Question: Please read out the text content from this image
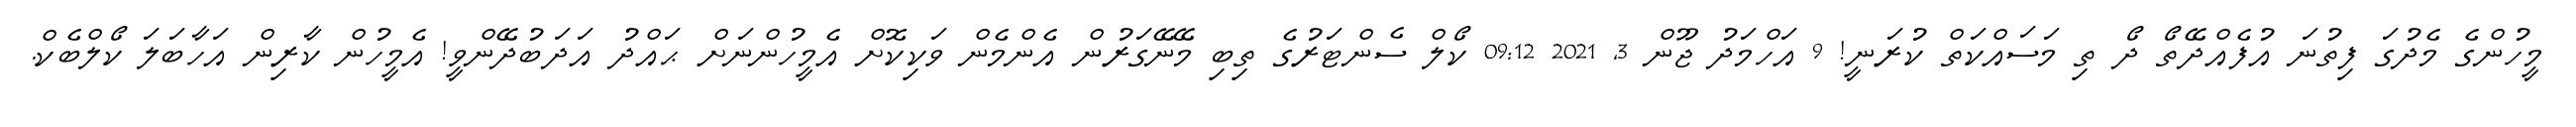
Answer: މީހުންގެ މެދުގަ ފިތުނަ އުފެއްދޭތޯ ދޯ ތި މަސައްކަތް ކުރަނީ! 9 އަހްމަދު ޖޫން 3, 2021 09:12 ކޯލް ސެންޓަރުގެ ތިބި މޭނޭގަރުން އެންމެން ވަކިކޮށް އެމީހުންނަށް ޙައްދު އަދަބުދޭންވީ! އެމީހުން ކާރިން އަހާބަލަ ކޯލްބެކް.